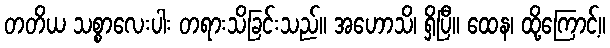
တတိယ သစ္စာလေးပါး တရားသိခြင်းသည်။ အဟောသိ၊ ရှိပြီ။ ထေန၊ ထို့ကြောင့်။